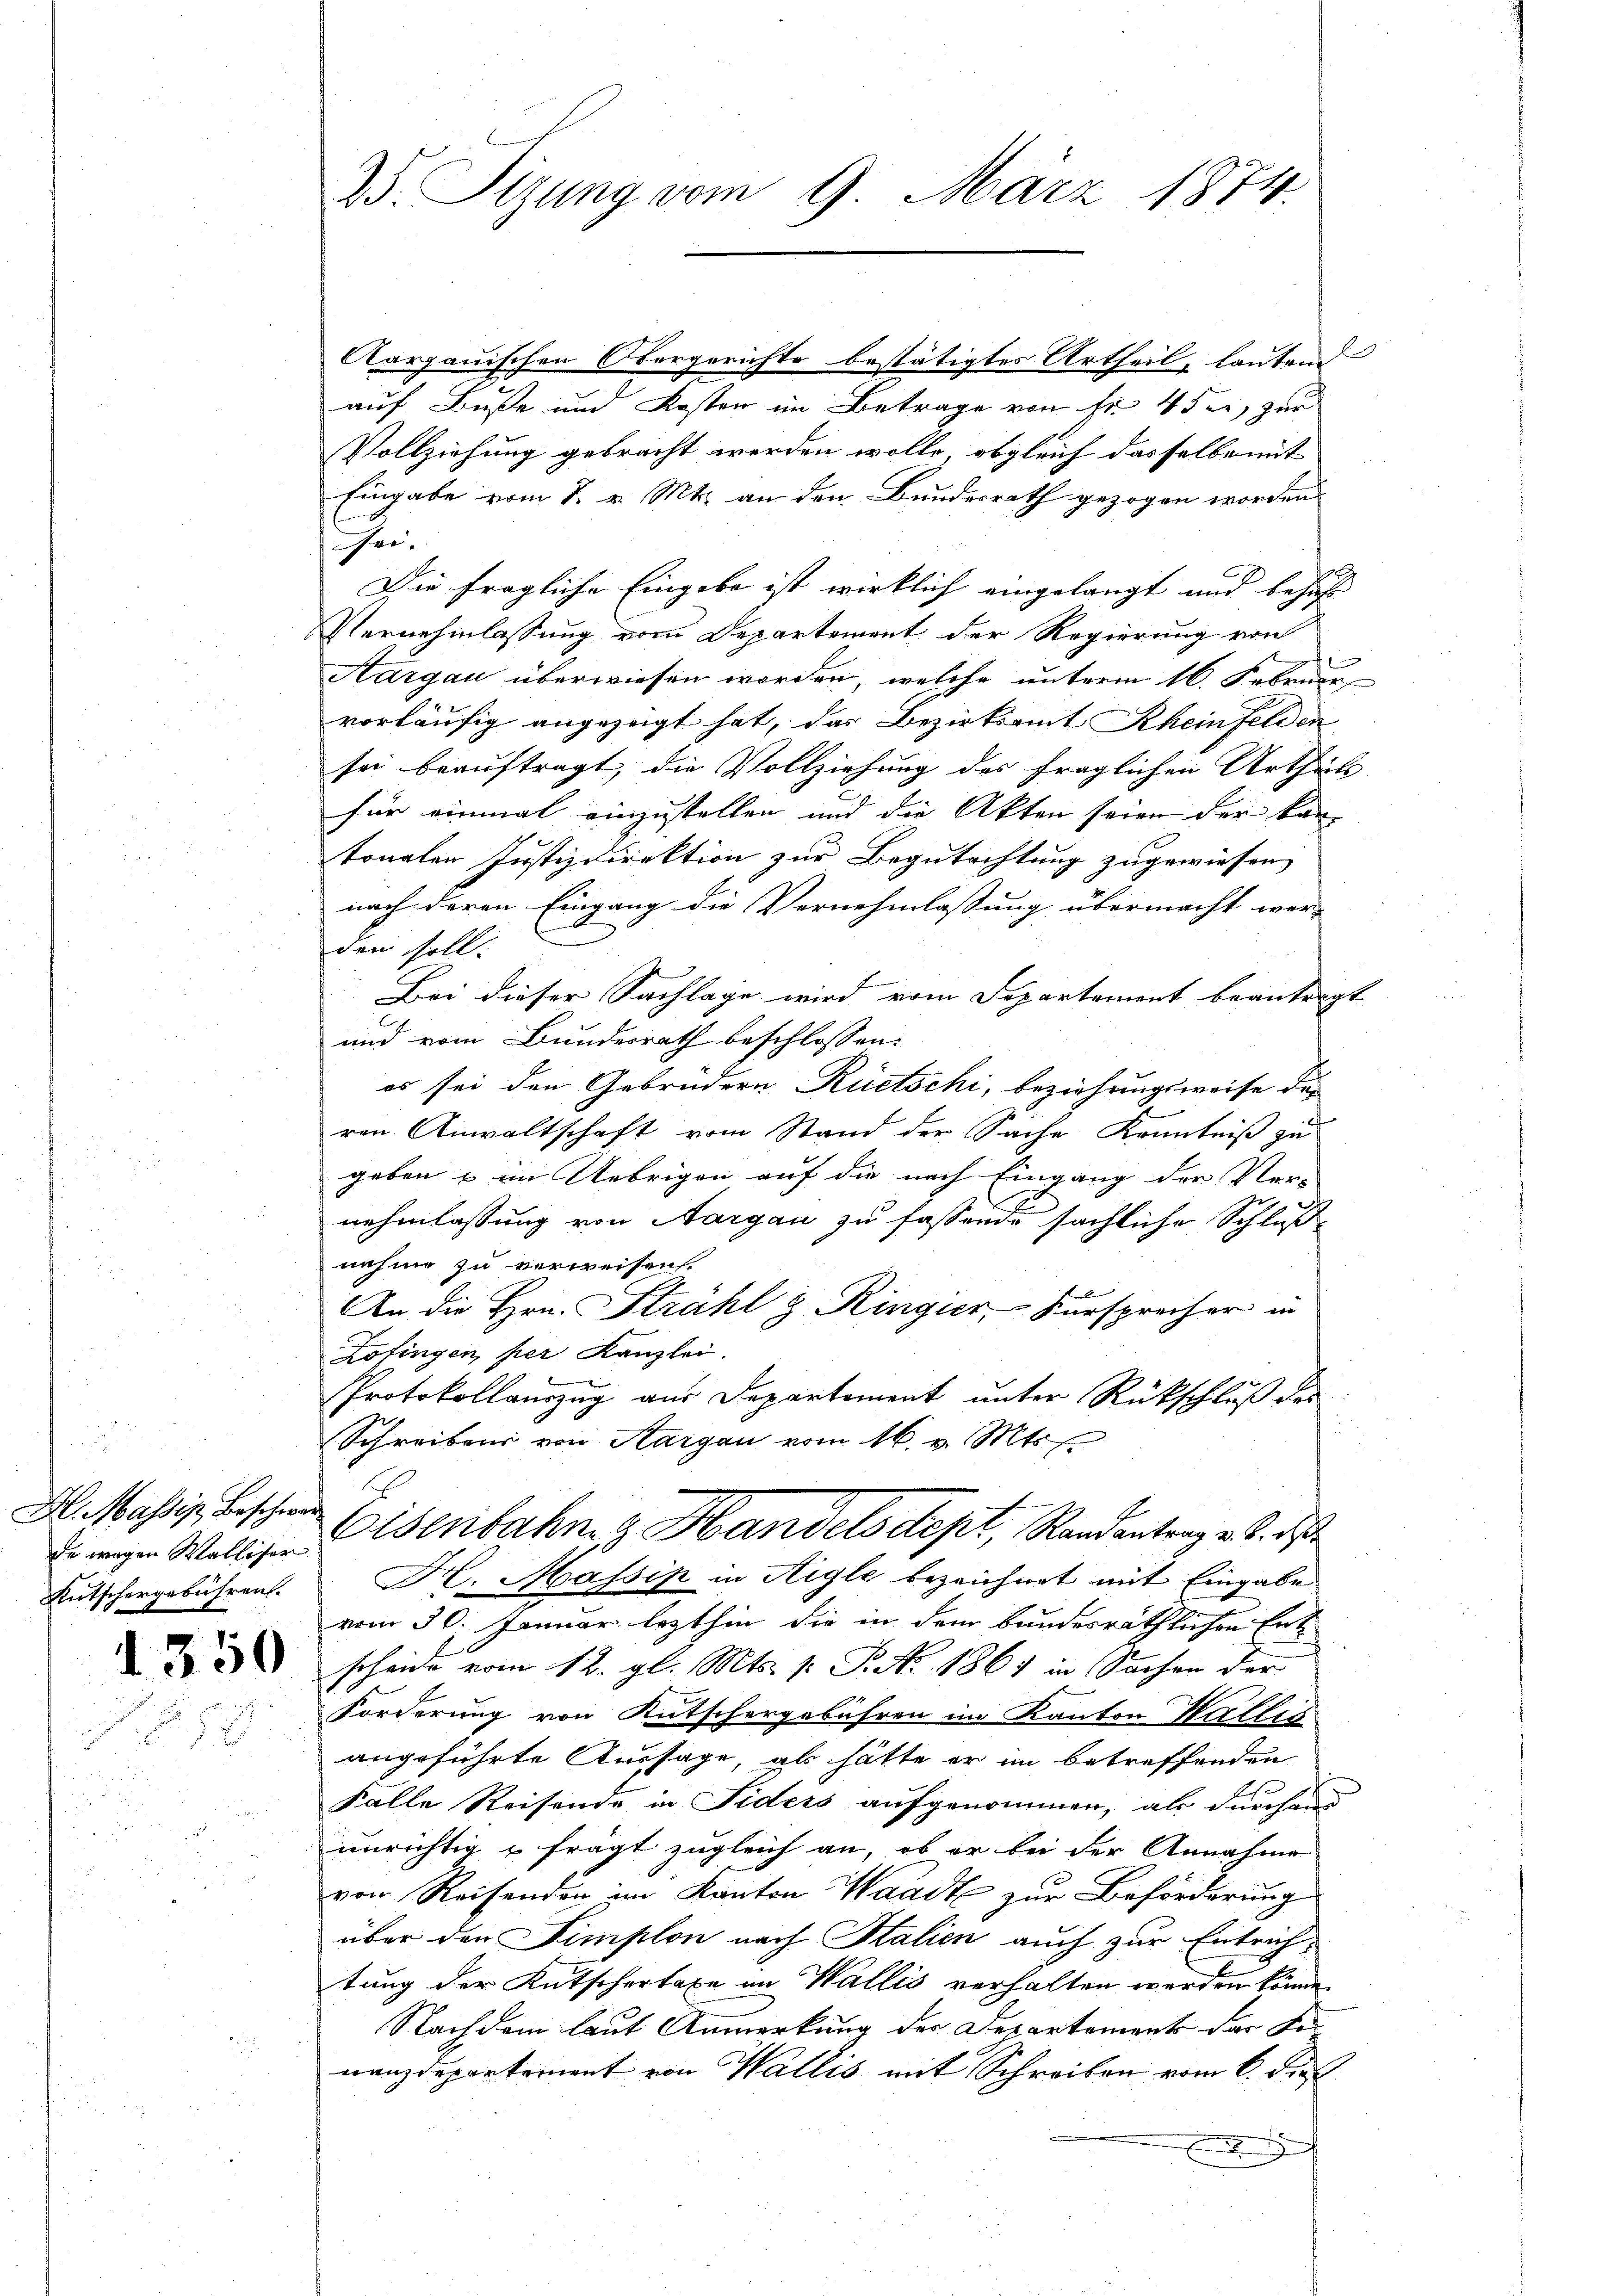
H. Massis Beschwer
Rutschergebühren.

350

25. Sitzung vom 9. März 1874.

Aargauischen Obergerichte bestätigtes Urtheil, lauten
auf Buße und Kosten im Betrage von fr. 45 er zur
Vollziehung gebracht werden wolle, obgleich dasselbe mit |
Eingabe vom 8. v. Mts. an den Bundesrath gezogen worden
sei.
Die fragliche Eingabe ist wirklich eingelangt und behufe
Vernehmlassung vom Departement der Regierung von
n
Aargau überwiesen worden, welche unterm 16. Februar
vorläufig angezeigt hat, das Bezirksamt Rheinfelden
sei beauftragt, die Vollziehung des fraglichen Urtheil
für einmal einzustellen und die Akten seien der kan-
tonalen Justizdirektion zur Begutachtung zugewiesen |
nach deren Eingang die Vernehmlassung übermacht wer- |
den soll.
Bei dieser Sachlage wird vom Departement beantragt
und vom Bundesrath beschlossen:
es sei den Gebrüdern Rietschi, beziehungsweise des
ren Anwaltschaft vom Stand der Sache Kenntniß zu
geben & im Uebrigen auf die nach Eingang der Ver-
nehmlassung von Aargau zu fassende sächliche Schluß
nahme zu verweisen.
An die Hrn. Strahl z. Ringier, - Fürsprecher in
Zofingen, per Kanzlei.
Protokollauszug aus Departement unter Rückschluß des
Schreibens von Aargau vom 16. v. Mts. f.
Dingen Wallise Eisenbahn & Handelsdept, Randantrag v. 3. ds
H. Massip in Aigle bezeichnet mit Eingabe
vom 30. Januar lezthin die in dem bundesräthlichen Ent
scheine vom 12. gl. Mts. v. P. No. 1861 in Sachen der
Forderung von Kutschergebühren im Kanton Wallis
angeführte Aussage, als hätte er im betreffenden
Falle Reisende in Fiders aufgenommen, als durchaus
unrichtig u frägt zugleich an, ob er bei der Annahme
von Reisenden im Kanton Waadt zur Beförderung
über den Simplon nach Stalien auch zur Entrichtung der Kutschertaxe im Wallis verhalten werden könne.
Nachdem laut Anmerkung der Departements der de
nanzdepartement von Wallis mit Schreiben vom 6. dies
e